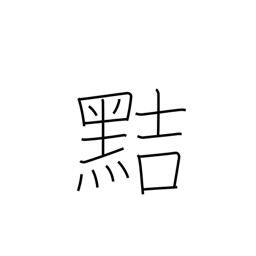
Meaning: crafty